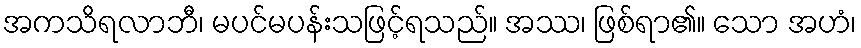
အကသိရလာဘီ၊ မပင်မပန်းသဖြင့်ရသည်။ အဿ၊ ဖြစ်ရာ၏။ သော အဟံ၊